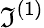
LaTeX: \mathfrak{I}^{(1)}